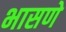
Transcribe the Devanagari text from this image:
भासणे